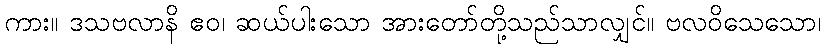
ကား။ ဒသဗလာနိ ဧဝ၊ ဆယ်ပါးသော အားတော်တို့သည်သာလျှင်။ ဗလဝိသေသော၊